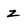
Character: z